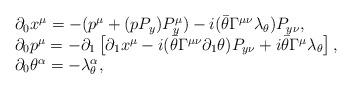
LaTeX: \begin{align*}\begin{array}{l}\qquad \partial_0 x^\mu=-(p^\mu+(pP_y)P^\mu_y)-i(\bar\theta\Gamma^{\mu\nu}\lambda_\theta)P_{y\nu},\\\qquad \partial_0 p^\mu=-\partial_1\left [ \partial_1 x^\mu-i(\bar\theta\Gamma^{\mu\nu}\partial_1\theta)P_{y\nu}+i\bar\theta\Gamma^\mu\lambda_\theta\right ],\\\qquad \partial_0\theta^\alpha=-\lambda^\alpha_\theta,\end{array}\end{align*}